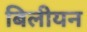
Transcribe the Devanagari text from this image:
बिलीयन